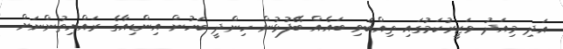
އަދި މިއަދު ވަޒީރުކަމުގައި ތިއްބެވި ބައެއް ބޭފުޅުން ހިންދީ ބަހުން އިންޑިއާގެ ރައްޔިތުންނަށް